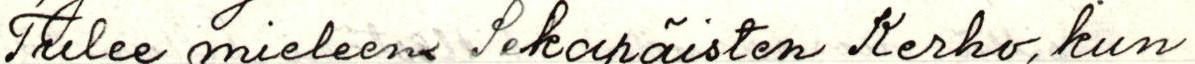
Tulee mieleen Sekopäisten Kerho, kun